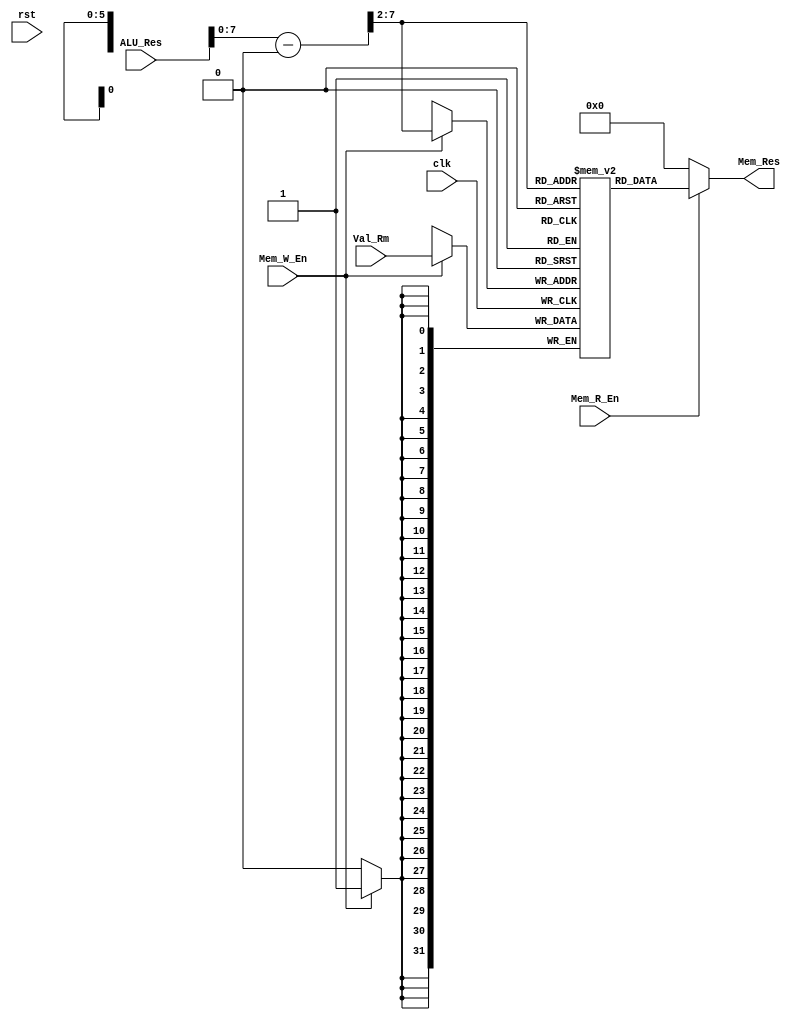
module MEM_Stage
(
    input clk, rst, Mem_R_En, Mem_W_En, 
    input[31:0] ALU_Res, Val_Rm, 

    output [31:0] Mem_Res
);

    //Data_Memory
    reg[31:0] Memory [0:63];

    //  Memory adr 
    wire [31:0]  mem_address = (ALU_Res - 32'd1024) >> 2;

    //  read data
    assign Mem_Res = Mem_R_En ? Memory[mem_address] : 32'b0000_0000_0000_0000_0000_0000_0000_0000;

    always @(posedge clk) 
    begin 
        if(Mem_W_En)
        begin
            Memory[mem_address] = Val_Rm;
        end
    end
    
endmodule